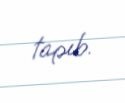
tapıb.